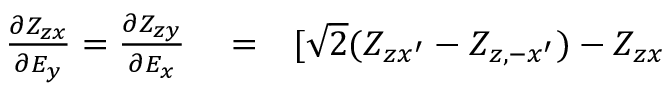
\begin{array} { r l r } { \frac { \partial Z _ { z x } } { \partial E _ { y } } = \frac { \partial Z _ { z y } } { \partial E _ { x } } } & { { } = } & { [ \sqrt { 2 } ( Z _ { z x ^ { \prime } } - Z _ { z , - x ^ { \prime } } ) - Z _ { z x } } \end{array}